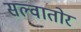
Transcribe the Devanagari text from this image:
सल्वातोर